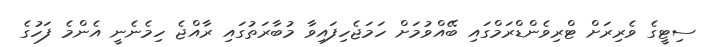
ސިޓީގެ ވެރިރަށް ޓްރިވެންޑްރަމްގައި ބޭއްވުމަށް ހަމަޖެހިފައިވާ މުބާރަތުގައި ރާއްޖެ ހިމެނެނީ އެންމެ ފަހުގެ